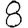
Digit: 8